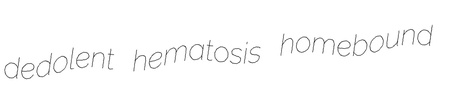
dedolent hematosis homebound